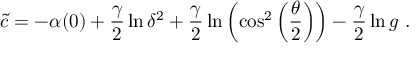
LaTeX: \tilde { c } = - \alpha ( 0 ) + \frac { \gamma } { 2 } \ln \delta ^ { 2 } + \frac { \gamma } { 2 } \ln \left( \cos ^ { 2 } \left( \frac { \theta } { 2 } \right) \right) - { \frac { \gamma } { 2 } } \ln g ~ .